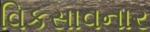
વિકસાવનાર